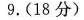
9.(18分)